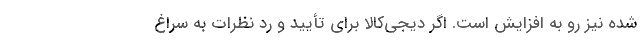
شده نیز رو به افزایش است. اگر دیجی‌کالا برای تأیید و رد نظرات به سراغ